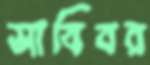
সাবিবর